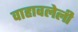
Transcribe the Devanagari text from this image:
वाहावलेली